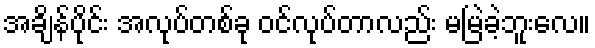
အချိန်ပိုင်း အလုပ်တစ်ခု ဝင်လုပ်တာလည်း မမြဲခဲ့ဘူးလေ။